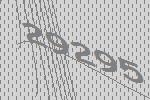
29295